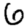
Digit: 6